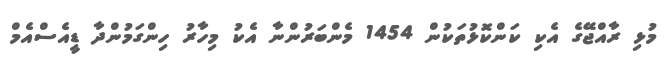
މުޅި ރާއްޖޭގެ އެކި ކަންކޮޅުތަކުން 1454 މެންބަރުންނާ އެކު މިހާރު ހިންގަމުންދާ ޑީއެސްއެމް